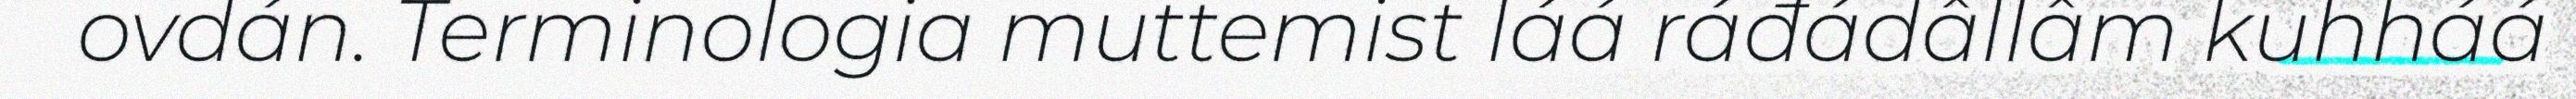
ovdán. Terminologia muttemist láá ráđádâllâm kuhháá